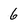
Character: 6